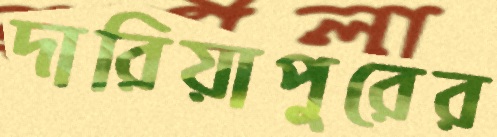
দারিয়াপুরের